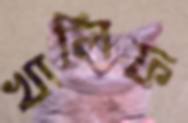
খালিফ